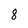
Character: 8